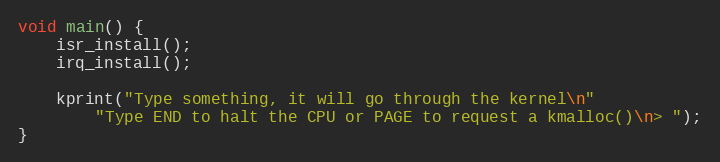
Language: C
void main() {
    isr_install();
    irq_install();

    kprint("Type something, it will go through the kernel\n"
        "Type END to halt the CPU or PAGE to request a kmalloc()\n> ");
}